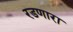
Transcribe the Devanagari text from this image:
रडणारा